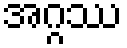
အဂ္ဂဿ